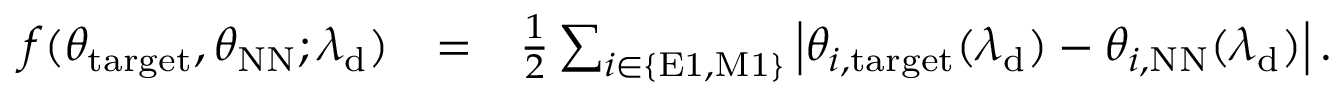
\begin{array} { r l r } { f ( \theta _ { \mathrm { t a r g e t } } , \theta _ { \mathrm { N N } } ; \lambda _ { \mathrm { d } } ) } & { = } & { \frac { 1 } { 2 } \sum _ { i \in \{ \mathrm { E 1 , M 1 } \} } \left| \theta _ { i , \mathrm { t a r g e t } } ( \lambda _ { \mathrm { d } } ) - \theta _ { i , \mathrm { N N } } ( \lambda _ { \mathrm { d } } ) \right| . } \end{array}